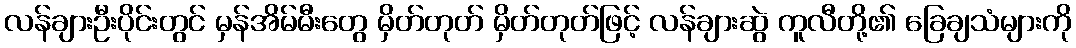
လန်ချားဦးပိုင်းတွင် မှန်အိမ်မီးတွေ မှိတ်တုတ် မှိတ်တုတ်ဖြင့် လန်ချားဆွဲ ကူလီတို့၏ ခြေချသံများကို